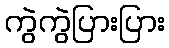
ကွဲကွဲပြားပြား